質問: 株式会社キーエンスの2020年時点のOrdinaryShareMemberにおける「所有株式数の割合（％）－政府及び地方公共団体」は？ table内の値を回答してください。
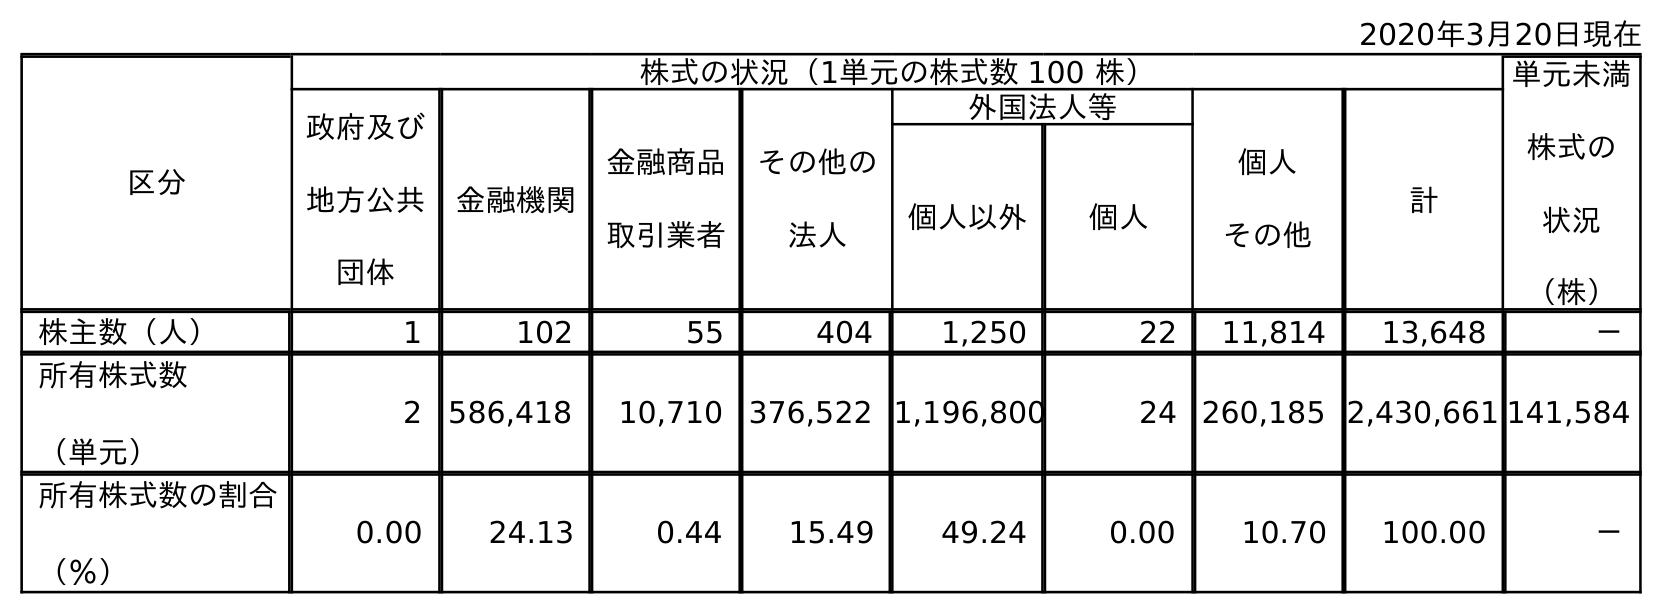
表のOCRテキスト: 2020年3月20日現在 区分 株式の状況（1単元の株式数 100 株） 単元未満 株式の 状況 （株） 政府及び 地方公共 団体 金融機関 金融商品 取引業者 その他の 法人 外国法人等 個人 その他 計 個人以外 個人 株主数（人） 1 102 55 404 1,250 22 11,814 13,648 － 所有株式数 （単元） 2 586,418 10,710 376,522 1,196,800 24 260,185 2,430,661 141,584 所有株式数の割合 （％） 0.00 24.13 0.44 15.49 49.24 0.00 10.70 100.00 －
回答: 0.00